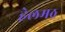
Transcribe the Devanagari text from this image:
हेलमठ